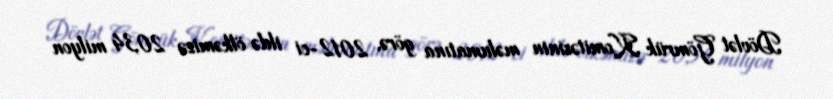
Dövlət Gömrük Komitəsinin məlumatına görə, 2012-ci ildə ölkəmizə 20,34 milyon